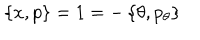
LaTeX: \left\{ x , p \right\} = 1 = - \left\{ \theta , p _ { \theta } \right\}